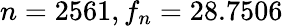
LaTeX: n=2561,f_{n}=28.7506